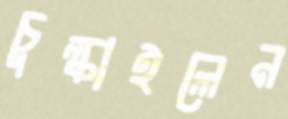
চুল্‌কাইলেন